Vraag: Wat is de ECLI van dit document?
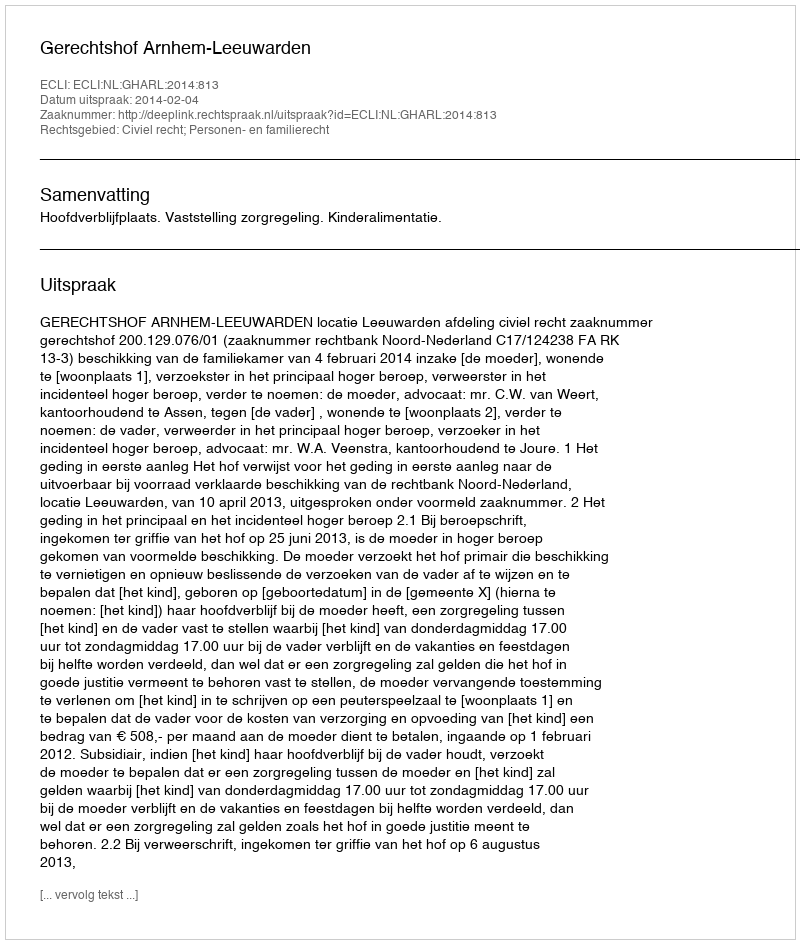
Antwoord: ECLI:NL:GHARL:2014:813